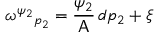
\omega ^ { \psi _ { 2 } } { } _ { p _ { 2 } } = \frac { \psi _ { 2 } } { \mathsf { A } } \, d p _ { 2 } + \xi